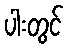
ပါးတွင်